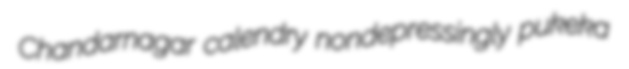
Chandarnagar calendry nondepressingly pukeka